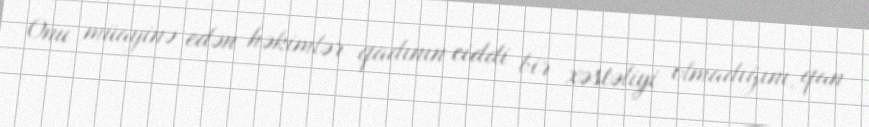
Onu müayinə edən həkimlər qadının ciddi bir xəstəliyi olmadığını, qan